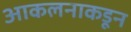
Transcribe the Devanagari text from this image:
आकलनाकडून